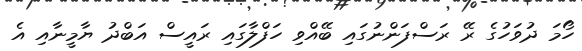
ހޯމަ ދުވަހުގެ ރޭ ރަސްފަންނުގައި ބޭއްވި ހަފްލާގައި ރައީސް އަބްދު ޔާމީނާއި އެ